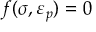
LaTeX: f ( { \boldsymbol { \sigma } } , { \boldsymbol { \varepsilon } } _ { p } ) = 0